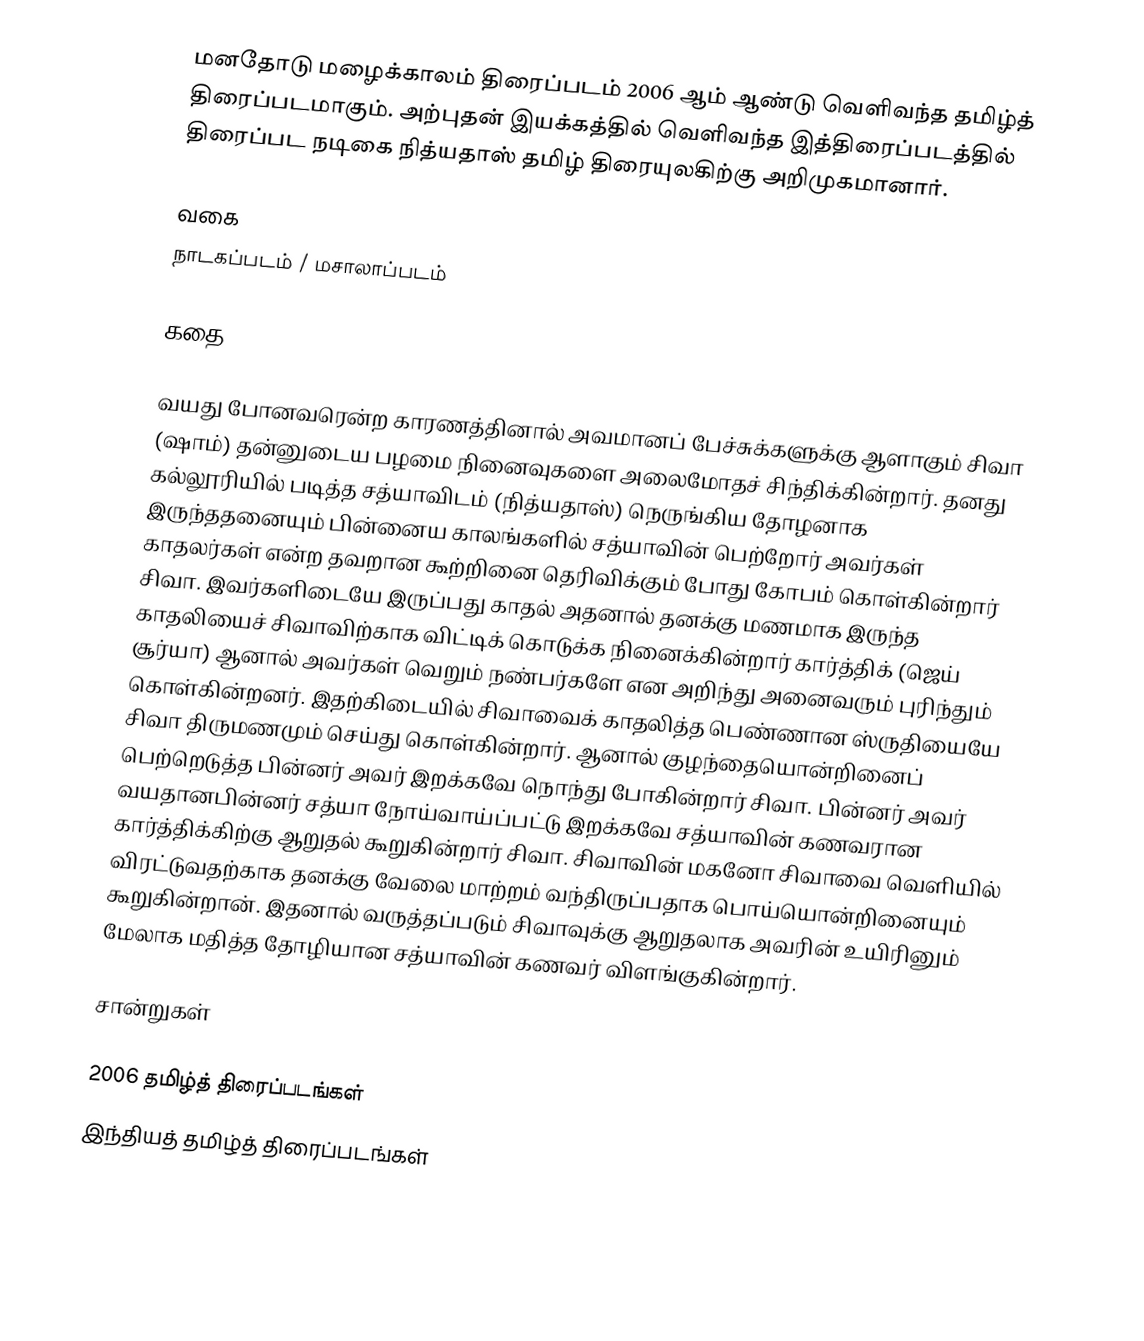
மனதோடு மழைக்காலம் திரைப்படம் 2006 ஆம் ஆண்டு வெளிவந்த தமிழ்த் திரைப்படமாகும். அற்புதன் இயக்கத்தில் வெளிவந்த இத்திரைப்படத்தில் திரைப்பட நடிகை நித்யதாஸ் தமிழ் திரையுலகிற்கு அறிமுகமானார்.

வகை
நாடகப்படம் / மசாலாப்படம்

கதை

வயது போனவரென்ற காரணத்தினால் அவமானப் பேச்சுக்களுக்கு ஆளாகும் சிவா (ஷாம்) தன்னுடைய பழமை நினைவுகளை அலைமோதச் சிந்திக்கின்றார். தனது கல்லூரியில் படித்த சத்யாவிடம் (நித்யதாஸ்) நெருங்கிய தோழனாக இருந்ததனையும் பின்னைய காலங்களில் சத்யாவின் பெற்றோர் அவர்கள் காதலர்கள் என்ற தவறான கூற்றினை தெரிவிக்கும் போது கோபம் கொள்கின்றார் சிவா. இவர்களிடையே இருப்பது காதல் அதனால் தனக்கு மணமாக இருந்த காதலியைச் சிவாவிற்காக விட்டிக் கொடுக்க நினைக்கின்றார் கார்த்திக் (ஜெய் சூர்யா) ஆனால் அவர்கள் வெறும் நண்பர்களே என அறிந்து அனைவரும் புரிந்தும் கொள்கின்றனர். இதற்கிடையில் சிவாவைக் காதலித்த பெண்ணான ஸ்ருதியையே சிவா திருமணமும் செய்து கொள்கின்றார். ஆனால் குழந்தையொன்றினைப் பெற்றெடுத்த பின்னர் அவர் இறக்கவே நொந்து போகின்றார் சிவா. பின்னர் அவர் வயதானபின்னர் சத்யா நோய்வாய்ப்பட்டு இறக்கவே சத்யாவின் கணவரான கார்த்திக்கிற்கு ஆறுதல் கூறுகின்றார் சிவா. சிவாவின் மகனோ சிவாவை வெளியில் விரட்டுவதற்காக தனக்கு வேலை மாற்றம் வந்திருப்பதாக பொய்யொன்றினையும் கூறுகின்றான். இதனால் வருத்தப்படும் சிவாவுக்கு ஆறுதலாக அவரின் உயிரினும் மேலாக மதித்த தோழியான சத்யாவின் கணவர் விளங்குகின்றார்.

சான்றுகள்

2006 தமிழ்த் திரைப்படங்கள்
இந்தியத் தமிழ்த் திரைப்படங்கள்